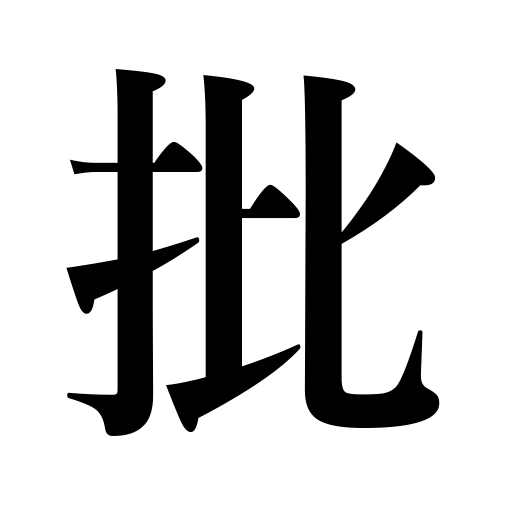
Meanings: strike